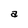
Character: a